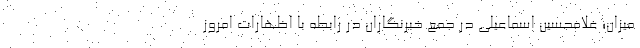
میزان؛ غلامحسین اسماعیلی در جمع خبرنگاران در رابطه با اظهارات امروز